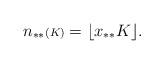
LaTeX: \begin{align*}n_{**}{\scriptstyle (K)}=\lfloor x_{**}K\rfloor.\end{align*}